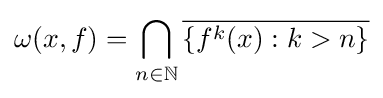
\omega (x,f)=\bigcap _{n\in \mathbb {N} }{\overline {\{f^{k}(x):k>n\}}}